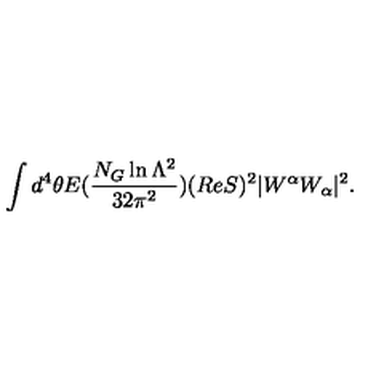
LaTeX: \int d ^ { 4 } \theta E ( \frac { N _ { G } \ln \Lambda ^ { 2 } } { 3 2 \pi ^ { 2 } } ) ( R e S ) ^ { 2 } | W ^ { \alpha } W _ { \alpha } | ^ { 2 } .